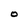
Character: O